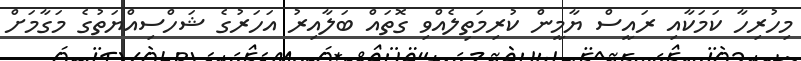
މިހުރިހާ ކަމަކާއި ރައީސް ޔާމީން ކުރިމަތިލެއްވި ގޮތައް ބަލާއިރު އަހަރުގެ ޝަހްސިއްޔަތުގެ މަގާމަށް